Civil Veterinary Department. Central Provinces & Berar 1932-41 - 1932-1941
Year: 1932
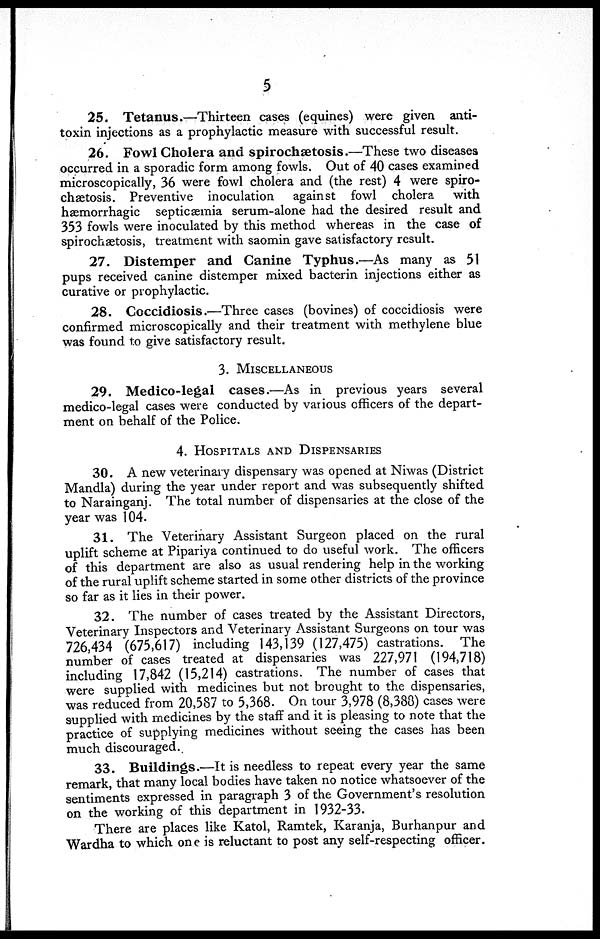
5
25. Tetanus.—Thirteen cases (equines) were given anti-
toxin injections as a prophylactic measure with successful result.
26. Fowl Cholera and spirochætosis.—These two diseases
occurred in a sporadic form among fowls. Out of 40 cases examined
microscopically, 36 were fowl cholera and (the rest) 4 were spiro-
chætosis. Preventive inoculation
against fowl cholera
with
hæmorrhagic septicæmia serum-alone had the desired result and
353 fowls were inoculated by this method whereas in the case of
spirochætosis, treatment with saomin gave satisfactory result.
27. Distemper and Canine Typhus.—As many as 51
pups received canine distemper mixed bacterin injections either as
curative or prophylactic.
28. Coccidiosis.—Three cases (bovines) of coccidiosis were
confirmed microscopically and their treatment with methylene blue
was found to give satisfactory result.
3. MISCELLANEOUS
29. Medico-legal cases.—As in previous years several
medico-legal cases were conducted by various officers of the depart-
ment on behalf of the Police.
4. HOSPITALS AND DISPENSARIES
30. A new veterinary dispensary was opened at Niwas (District
Mandla) during the year under report and was subsequently shifted
to Narainganj. The total number of dispensaries at the close of the
year was 104.
31. The Veterinary Assistant Surgeon placed on the rural
uplift scheme at Pipariya continued to do useful work. The officers
of this department are also as usual rendering help in the working
of the rural uplift scheme started in some other districts of the province
so far as it lies in their power.
32. The number of cases treated by the Assistant Directors,
Veterinary Inspectors and Veterinary Assistant Surgeons on tour was
726,434 (675,617) including 143,139 (127,475) castrations. The
number of cases treated at dispensaries was 227,971 (194,718)
including 17,842 (15,214) castrations. The number of cases that
were supplied with medicines but not brought to the dispensaries,
was reduced from 20,587 to 5,368. On tour 3,978 (8,338) cases were
supplied with medicines by the staff and it is pleasing to note that the
practice of supplying medicines without seeing the cases has been
much discouraged.
33. Buildings.—It is needless to repeat every year the same
remark, that many local bodies have taken no notice whatsoever of the
sentiments expressed in paragraph 3 of the Government's resolution
on the working of this department in 1932-33.
There are places like Katol, Ramtek, Karanja, Burhanpur and
Wardha to which one is reluctant to post any self-respecting officer.